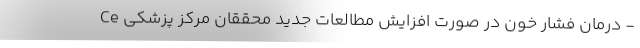
- درمان فشار خون در صورت افزایش مطالعات جدید محققان مرکز پزشکی Ce